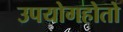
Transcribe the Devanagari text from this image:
उपयोगहोतो